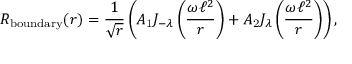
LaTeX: R _ { \mathrm { b o u n d a r y } } ( r ) = \frac { 1 } { \sqrt { r } } \left( A _ { \mathrm { 1 } } J _ { - \lambda } \left( \frac { \omega \ell ^ { 2 } } { r } \right) + A _ { \mathrm { 2 } } J _ { \lambda } \left( \frac { \omega \ell ^ { 2 } } { r } \right) \right) ,